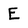
Character: E